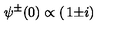
\psi ^ { \pm } ( 0 ) \propto \left( \begin{matrix} { 1 } \\ { \pm i } \\ \end{matrix} \right)